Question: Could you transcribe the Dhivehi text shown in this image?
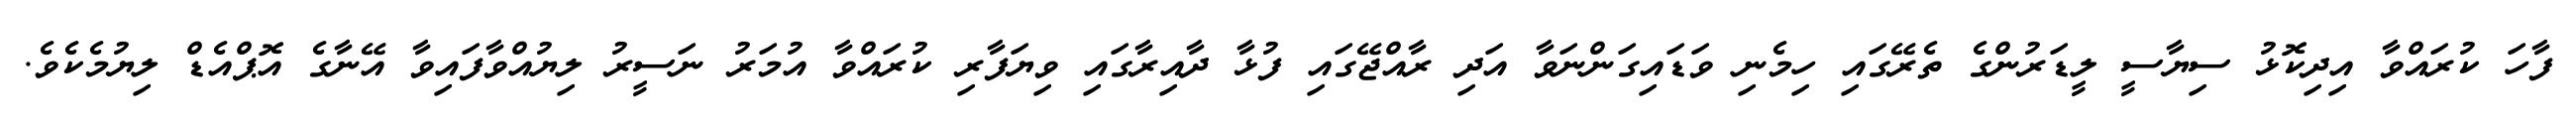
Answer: ފާހަ ކުރައްވާ އިދިކޮޅު ސިޔާސީ ލީޑަރުންގެ ތެރޭގައި ހިމެނި ވަޑައިގަންނަވާ އަދި ރާއްޖޭގައި ފުޅާ ދާއިރާގައި ވިޔަފާރި ކުރައްވާ އުމަރު ނަސީރު ލިޔުއްވާފައިވާ އޭނާގެ އޮޕްއެޑް ލިޔުމެކެވެ.